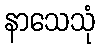
နာသေသုံ